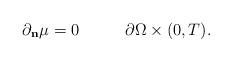
LaTeX: \begin{align*}\partial_{\mathbf{n}}\mu=0\;\;\;\;\;\;\;\;\;\;\partial\Omega\times(0,T).\end{align*}